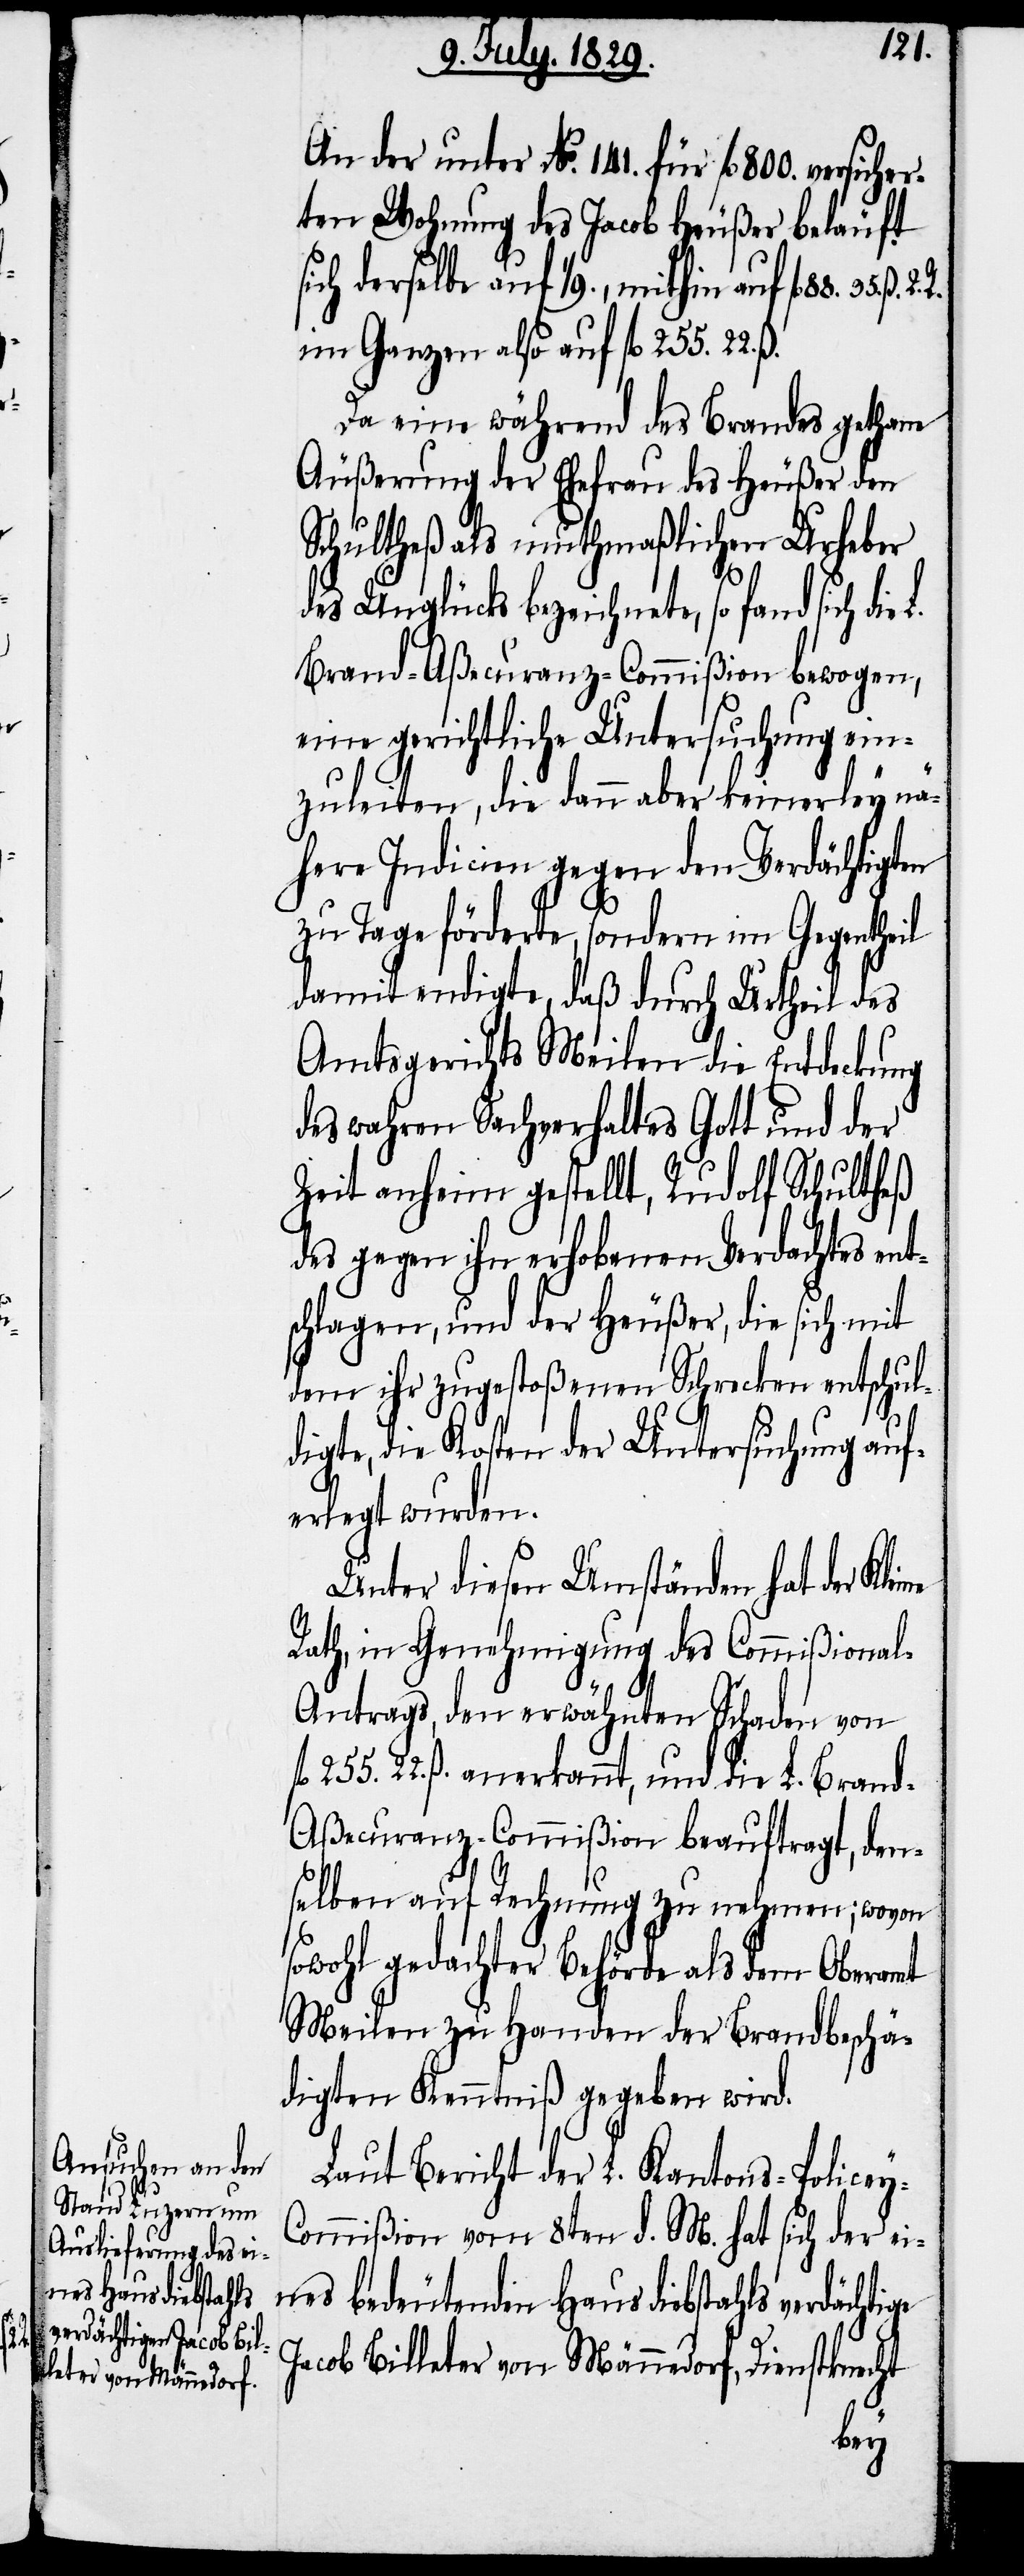
gte

An der unter No. 141. für fl. 800. vers¬
rten Wohnung des Jacob Heußer beläuft
sich derselbe auf 1/9., mithin auf fl. 88. 35.
im Ganzen also auf fl. 255. 22.
Da eine während des Brandes gethane
Äußerung der Ehefrau des Heußer den
Schultheß als muthmaßlichen Urheber
des Unglücks bezeichnete, so fand sich
Brand-Aßecuranz-Commißion bewogen,
eine gerichtliche Untersuchung ein¬
zuleiten, die dann aber keinerley nä¬
here Indicien gegen den Verdächtigten
zu Tage förderte, sondern im Gegentheil
damit endigte, daß durch Urtheil des
Amtsgerichts Meilen die Entdeckung
des wahren Sachverhaltes Gott und der
Zeit anheim gestellt, Rudolf Schultheß
des gegen ihn erhobenen Verdachtes ent¬
schlagen, und der Heußer, die sich mit
dem ihr zugestoßenen Schrecken entschul¬
digte, die Kosten der Untersuchung auf¬
erlegt wurden.
Unter diesen Umständen hat der Klei¬
Rath, in Genehmigung des Commißional-A¬
ntrags, den erwähnten Schaden von
fl. 255. 22. ß. anerkannt, und die L. Bran¬
d-Aßecuranz-Commißion beauftragt, den¬
selben auf Rechnung zu nehmen; wovon
sowohl gedachter Behörde als dem Oberamt
Meilen zu Handen der Brandbeschä¬
digten Kenntniß gegeben wird.
Laut Bericht der L. Kantons-Policey-C¬
ommißion vom 8ten d. M. hat sich der ei¬
nes bedeutenden Hausdiebstahls verdächti¬
Jacob Billeter von Männedorf, Dienstknecht